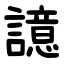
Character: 譩